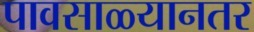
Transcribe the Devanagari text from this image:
पावसाळ्यानतर